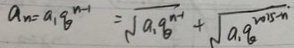
a _ { n } = a _ { 1 } q ^ { n - 1 } = \sqrt { a _ { 1 } q ^ { n - 1 } } + \sqrt { a _ { 1 } q ^ { 2 0 1 5 - n } }